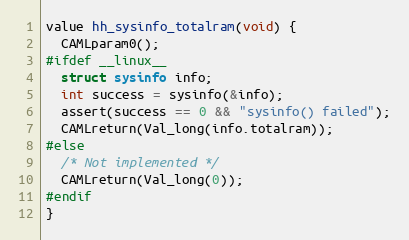
Language: C
value hh_sysinfo_totalram(void) {
  CAMLparam0();
#ifdef __linux__
  struct sysinfo info;
  int success = sysinfo(&info);
  assert(success == 0 && "sysinfo() failed");
  CAMLreturn(Val_long(info.totalram));
#else
  /* Not implemented */
  CAMLreturn(Val_long(0));
#endif
}